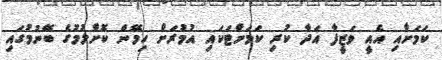
ކަމަށާއި އެއީ ވަޒީފާ އަދާ ކުރި ކަމަށްޓަކައި އުމުރަށް ހިމޭން ކޮށްލުމުގެ ބޭނުމުގައި